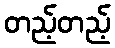
တည့်တည့်